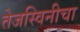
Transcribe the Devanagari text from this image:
तेजस्विनीचा